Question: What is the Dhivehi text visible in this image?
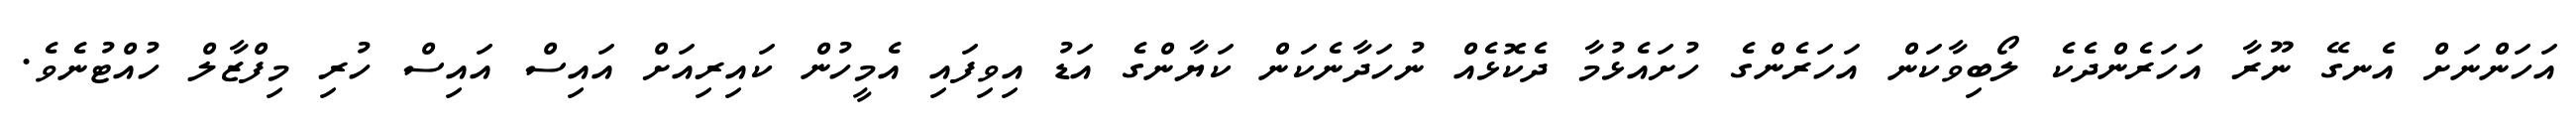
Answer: އަހަންނަށް އެނގޭ ނޫރާ އަހަރެންދެކެ ލޯބިވާކަން އަހަރެންގެ ހުށައެޅުމާ ދެކޮޅެއް ނުހަދާނެކަން ކަޔާންގެ އަޑު އިވިފައި އެމީހުން ކައިރިއަށް އައިސް އައިސް ހުރި މިފްޒާލް ހުއްޓުނެވެ.